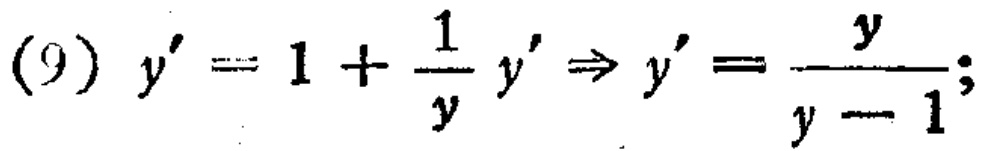
(9) \(y' = 1+\frac{1}{y}y'\Rightarrow y'=\frac{y}{y - 1};\)